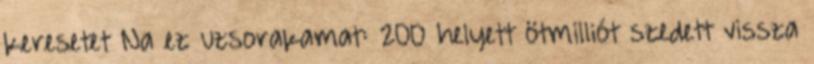
keresetet Na ez uzsorakamat: 200 helyett ötmilliót szedett vissza